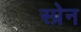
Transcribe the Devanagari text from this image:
स्प्रेन